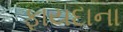
ફાયદાના